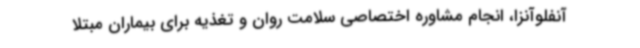
آنفلوآنزا، انجام مشاوره اختصاصی سلامت روان و تغذیه برای بیماران مبتلا